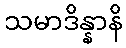
သမာဒိန္နာနိ